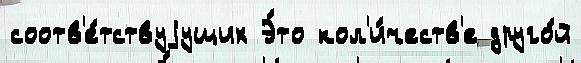
соотв'е́тствуjущих Э́то кол'и́честв'е друго́й